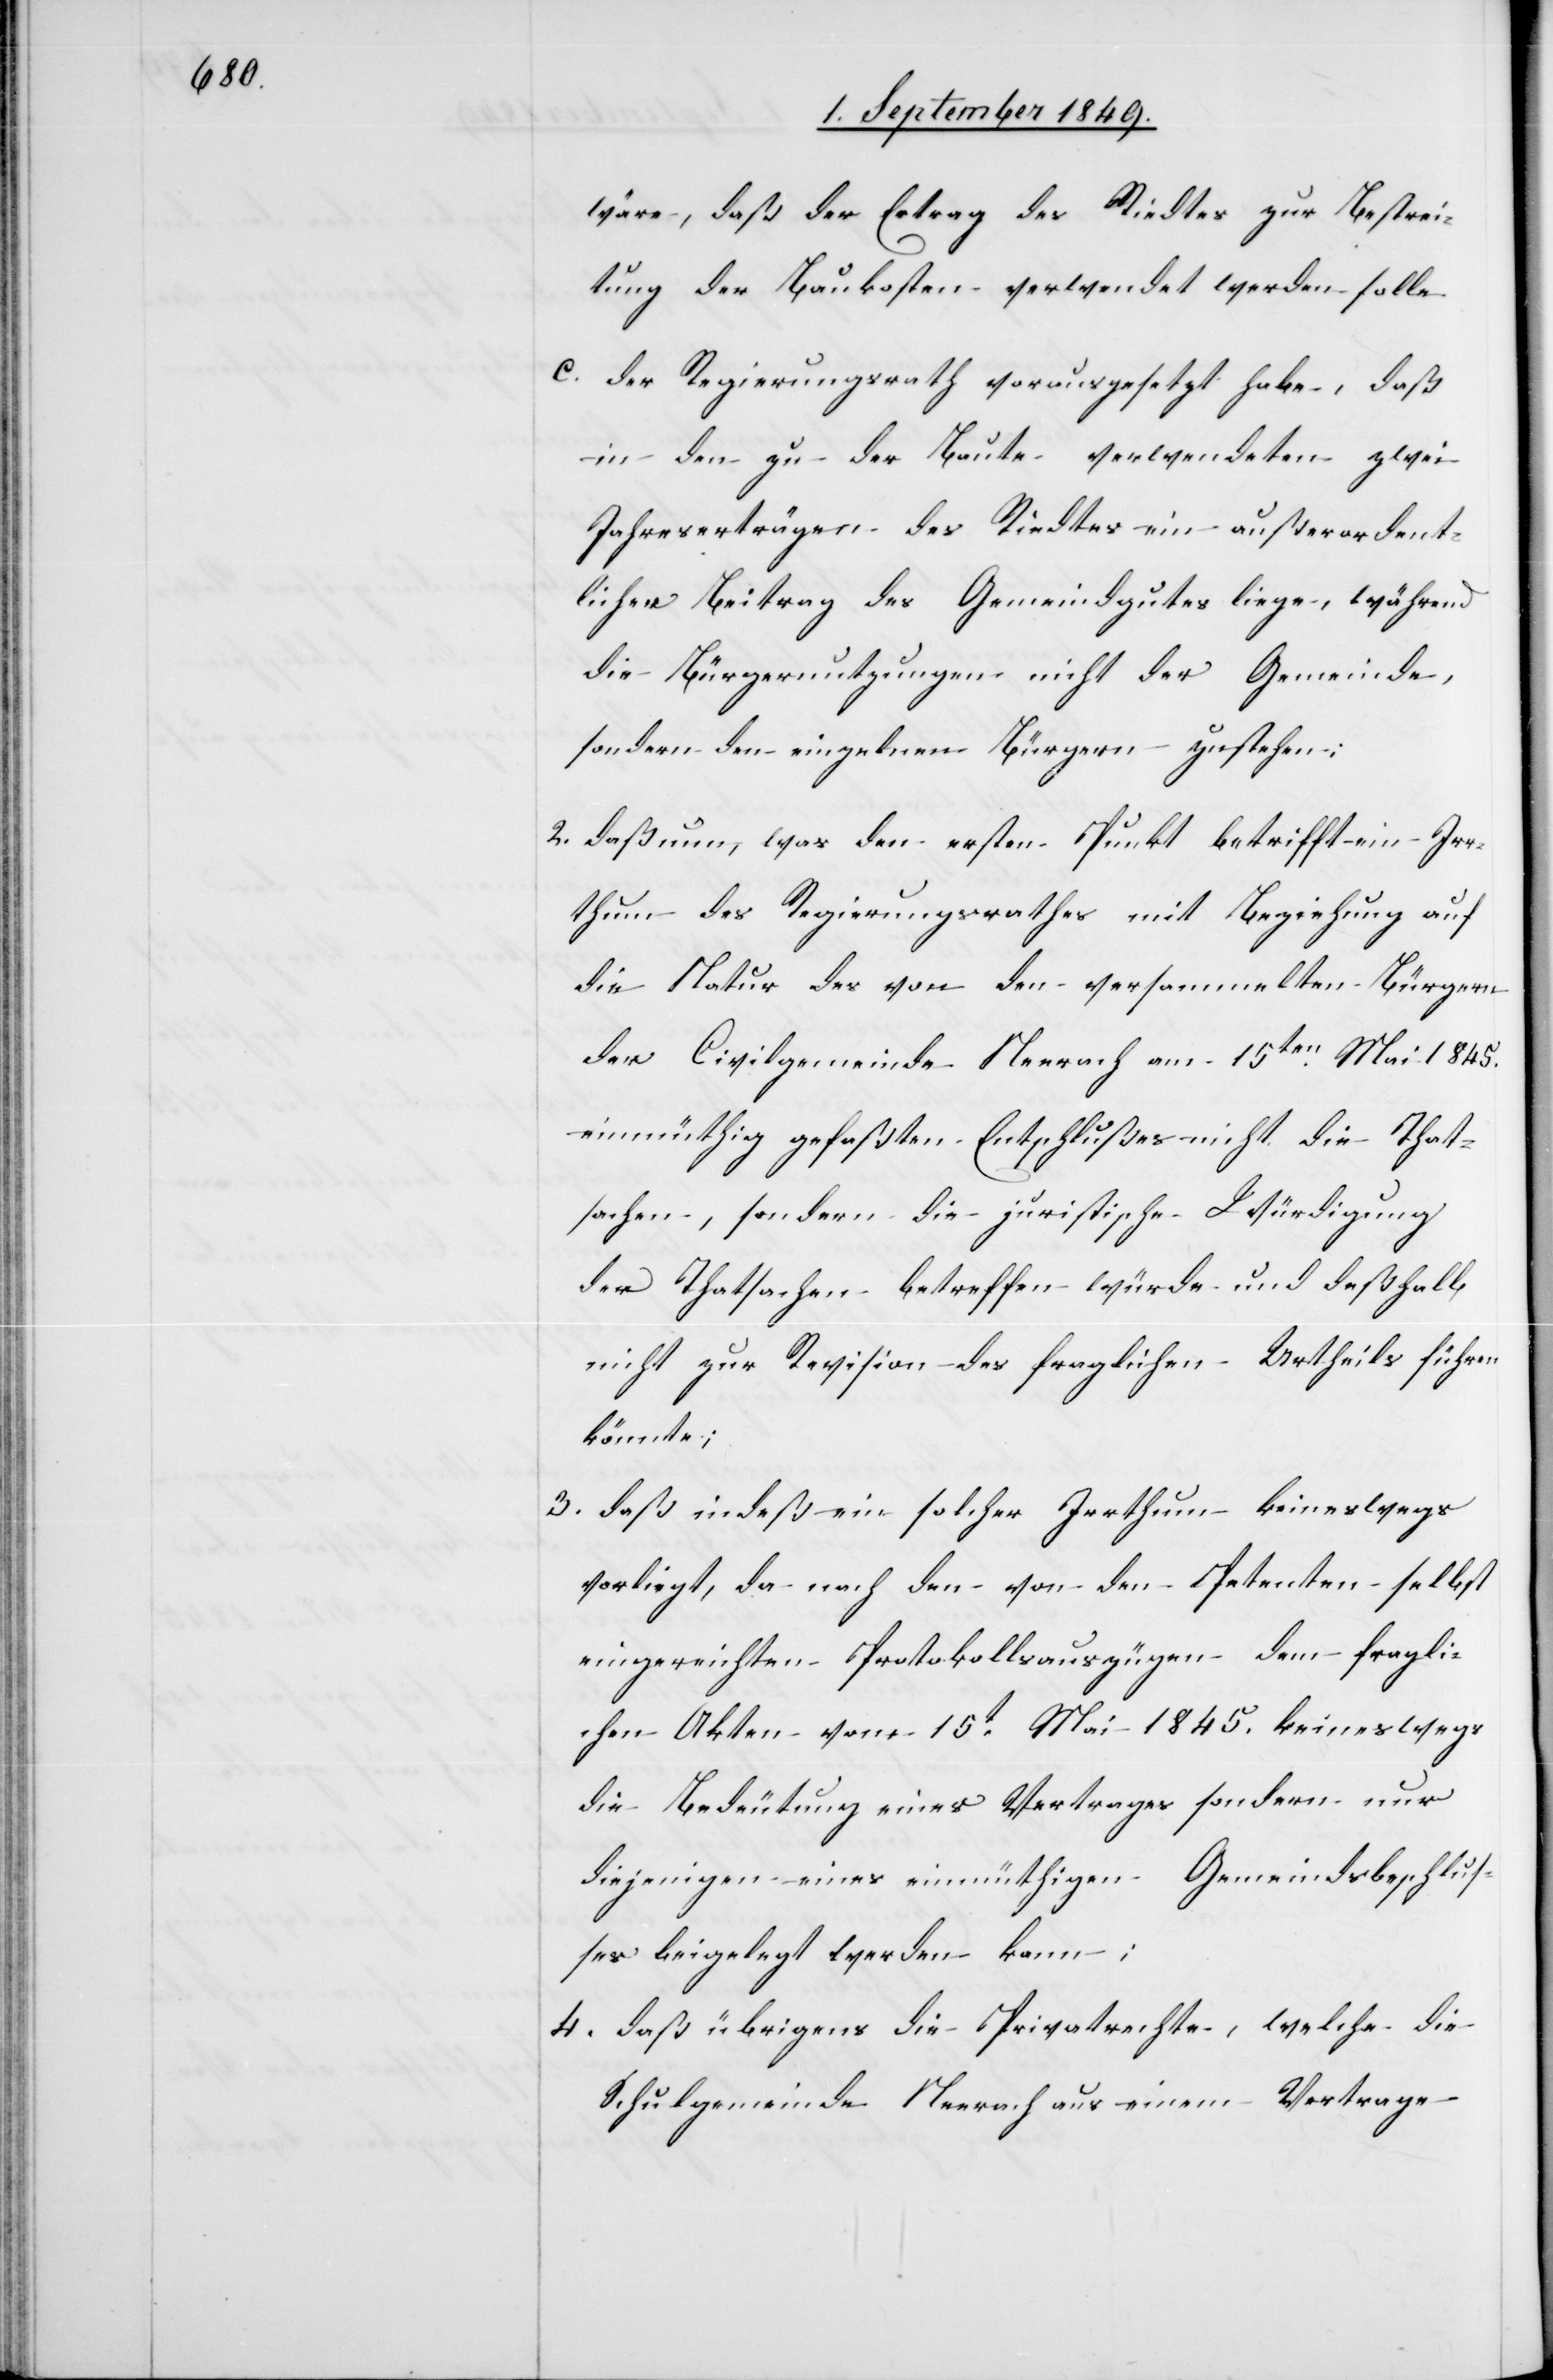
wäre, daß der Ertrag des Riedtes zur Bestrei¬
tung der Baukosten verwendet werden solle.
c. der Regierungsrath vorausgesetzt habe, daß
in den zu der Baute verwendeten zwei
Jahreserträgen des Riedtes ein außerordent¬
licher Beitrag des Gemeindgutes liege, während
die Bürgernutzungen nicht der Gemeinde,
sondern den einzelnen Bürgern zustehen:
2. daß nun, was den ersten Punkt betrifft ein Irr¬
thum des Regierungsrathes mit Beziehung auf
die Natur des von den versammelten Bürgern
der Civilgemeinde Neerach am 15ten Mai 1845.
einmüthig gefaßten Entschlußes nicht die That¬
sachen, sondern die juristische Würdigung
der Thatsachen betreffen würde und deßhalb
nicht zur Revision des fraglichen Urtheils führen
könnte;
3. daß indeßen ein solcher Irrthum keineswegs
vorliegt, da nach den von den Petenten selbst
eingereichten Protokollsauszügen dem [sic!] fragli¬
chen Akten vom 15t Mai 1845. keineswegs
die Bedeutung eines Vertrages sondern nur
diejenigen [sic!] eines einmüthigen Gemeindsbeschlus¬
ses beigelegt werden kann;
4. daß übrigens die Privatrechte, welche die
Schulgemeinde Neerach aus einem Vertrage